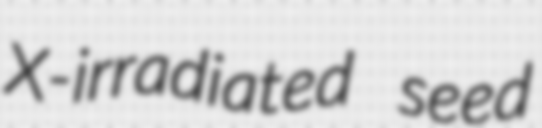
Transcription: X-irradiated seed